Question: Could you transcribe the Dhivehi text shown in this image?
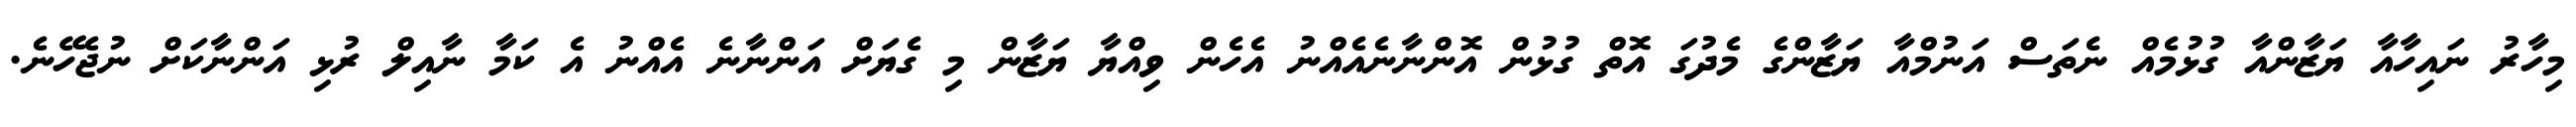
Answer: މިހާރު ނައިހާއާ ޔަޒާންއާ ގުޅުމެއް ނެތަސް އަނުމްއާ ޔަޒާންގެ މެދުގަ އޮތް ގުޅުން އޮންނާނެއެއްނު އެހެން ވިއްޔާ ޔަޒާން މި ގެޔަށް އަންނާނެ އެއްނު އެ ކަމާ ނާއިލް ރުޅި އަންނާކަށް ނުޖެހޭނެ.